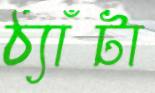
ঠ্যাঁটা